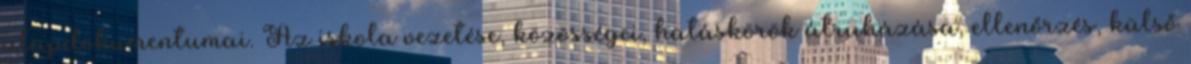
alapdokumentumai. Az iskola vezetése, közösségei, hatáskörök átruházása, ellenőrzés, külső